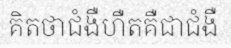
គិតថាជំងឺហឺតគឺជាជំងឺ